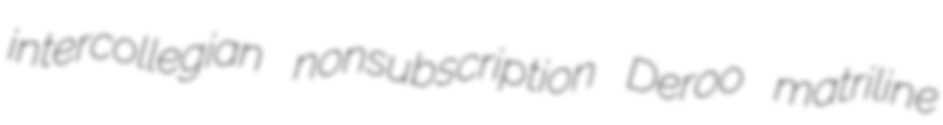
intercollegian nonsubscription Deroo matriline